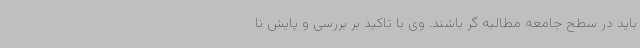
باید در سطح جامعه مطالبه گر باشند. وی با تاکید بر بررسی و پایش نا